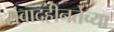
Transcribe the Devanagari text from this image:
संवादहीनतेच्या